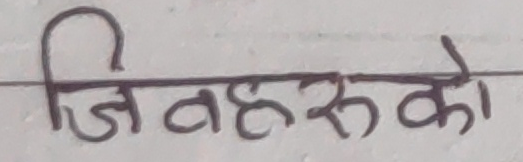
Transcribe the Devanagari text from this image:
जि नहरू को